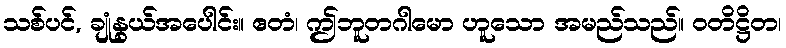
သစ်ပင်, ချုံနွယ်အပေါင်း။ ဧတံ၊ ဤဘူတဂါမော ဟူသော အမည်သည်။ ဝတိဋ္ဌိတ၊